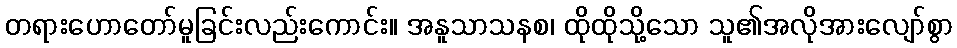
တရားဟောတော်မူခြင်းလည်းကောင်း။ အနူသာသနစ၊ ထိုထိုသို့သော သူ၏အလိုအားလျော်စွာ